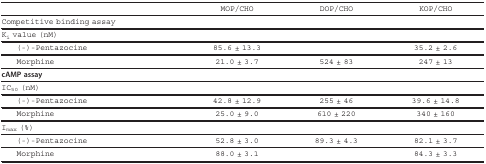
<table><thead><tr><td>[EMPTY_CELL]</td><td>[EMPTY_CELL]</td><td><b>MOP/CHO</b></td><td><b>DOP/CHO</b></td><td><b>KOP/CHO</b></td></tr></thead><tbody><tr><td colspan="5"><b>Competitive binding assay</b></td></tr><tr><td colspan="5">K<sub>i </sub>value (nM)</td></tr><tr><td colspan="2"> (-)-Pentazocine</td><td>85.6 ± 13.3</td><td>[EMPTY_CELL]</td><td>35.2 ± 2.6</td></tr><tr><td colspan="2"> Morphine</td><td>21.0 ± 3.7</td><td>524 ± 83</td><td>247 ± 13</td></tr><tr><td colspan="5"><b>cAMP assay</b></td></tr><tr><td colspan="5">IC<sub>50 </sub>(nM)</td></tr><tr><td colspan="2"> (-)-Pentazocine</td><td>42.8 ± 12.9</td><td>255 ± 46</td><td>39.6 ± 14.8</td></tr><tr><td colspan="2"> Morphine</td><td>25.0 ± 9.0</td><td>610 ± 220</td><td>340 ± 160</td></tr><tr><td colspan="5">I<sub>max </sub>(%)</td></tr><tr><td colspan="2"> (-)-Pentazocine</td><td>52.8 ± 3.0</td><td>89.3 ± 4.3</td><td>82.1 ± 3.7</td></tr><tr><td colspan="2"> Morphine</td><td>88.0 ± 3.1</td><td>[EMPTY_CELL]</td><td>84.3 ± 3.3</td></tr></tbody></table>